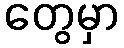
တွေမှာ